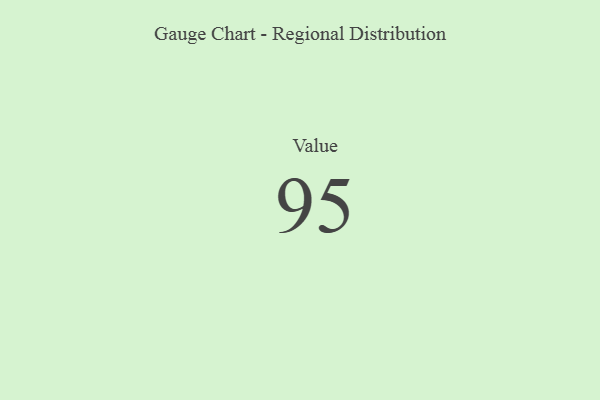
{"axis": {"x": "Metric", "y": "Value"}, "legend": [""], "data": [{"x": "Value", "y": 95, "type": ""}]}